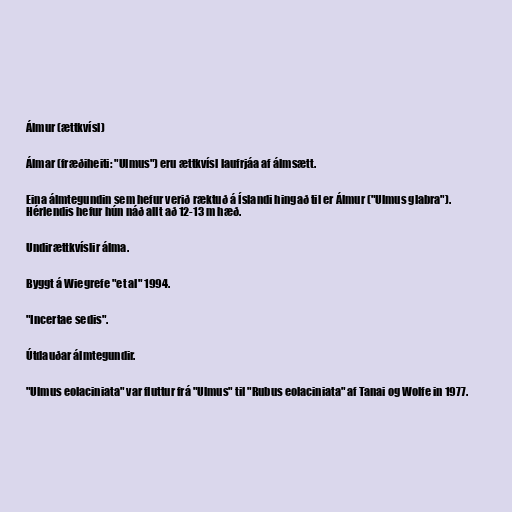
Álmur (ættkvísl)

Álmar (fræðiheiti: "Ulmus") eru ættkvísl laufrjáa af álmsætt.

Eina álmtegundin sem hefur verið ræktuð á Íslandi hingað til er Álmur ("Ulmus glabra").
Hérlendis hefur hún náð allt að 12-13 m hæð.

Undirættkvíslir álma.

Byggt á Wiegrefe "et al" 1994.

"Incertae sedis".

Útdauðar álmtegundir.

"Ulmus eolaciniata" var fluttur frá "Ulmus" til "Rubus eolaciniata" af Tanai og Wolfe in 1977.